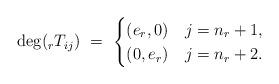
LaTeX: \begin{align*} \deg( _rT_{ij})\ =\ \begin{cases} (e_r,0) & j=n_r+1,\\ (0,e_r) & j=n_r+2. \end{cases}\end{align*}